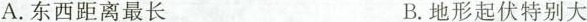
()A.东西距离最长B.地形起伏特别大